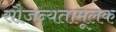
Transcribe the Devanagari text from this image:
सौजन्यतामूलक